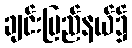
ချင်းပြည်နယ်၌